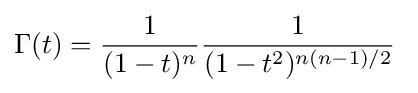
\Gamma (t)={\frac {1}{(1-t)^{n}}}{\frac {1}{(1-t^{2})^{n(n-1)/2}}}\